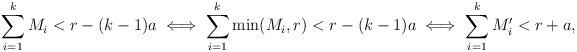
LaTeX: \begin{align*}\sum_{i=1}^k M_i < r-(k-1)a \iff\sum_{i=1}^k \min(M_i,r) < r-(k-1)a \iff\sum_{i=1}^k M_i' < r+a,\end{align*}